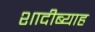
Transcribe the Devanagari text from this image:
शादीब्याह